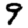
Digit: 9